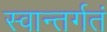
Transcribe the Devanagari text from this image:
स्वान्तर्गतं